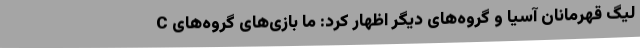
C لیگ قهرمانان آسیا و گروه‌های دیگر اظهار کرد: ما بازی‌های گروه‌های